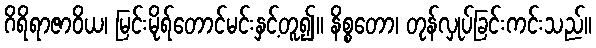
ဂိရိရာဇာဝိယ၊ မြင်းမိုရ်တောင်မင်းနှင့်တူ၍။ နိစ္စတော၊ တုန်လှုပ်ခြင်းကင်းသည်။